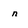
Character: n